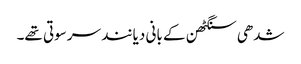
شدھی سنگٹھن کے بانی دیانند سرسوتی تھے۔